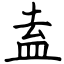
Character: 盍